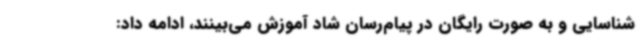
شناسایی و به صورت رایگان در پیام‌رسان شاد آموزش می‌بینند، ادامه داد: